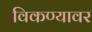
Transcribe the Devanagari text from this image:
विकण्यावर